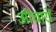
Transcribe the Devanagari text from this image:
औचारों